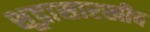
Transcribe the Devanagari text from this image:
शूद्रासारखीच